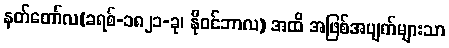
နတ်တော်လ(ခရစ်-၁၈၂၁-ခု၊ နိုဝင်ဘာလ) အထိ အဖြစ်အပျက်များသာ